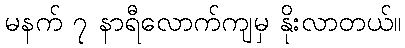
မနက် ၇ နာရီလောက်ကျမှ နိုးလာတယ်။